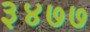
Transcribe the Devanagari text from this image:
३४७७